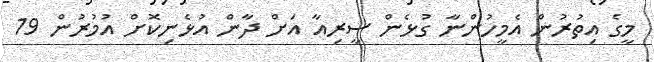
މީގެ އިތުރުން އެމީހުންނާ ގުޅެން ސީރިއާ އަށް ދާން އުޅެނިކޮށް އުމުރުން 19